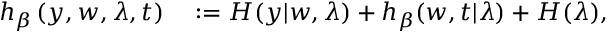
\begin{array} { r l } { h _ { \beta } \left( y , w , \lambda , t \right) } & { { } : = H ( y | w , \lambda ) + h _ { \beta } ( w , t | \lambda ) + H ( \lambda ) , } \end{array}